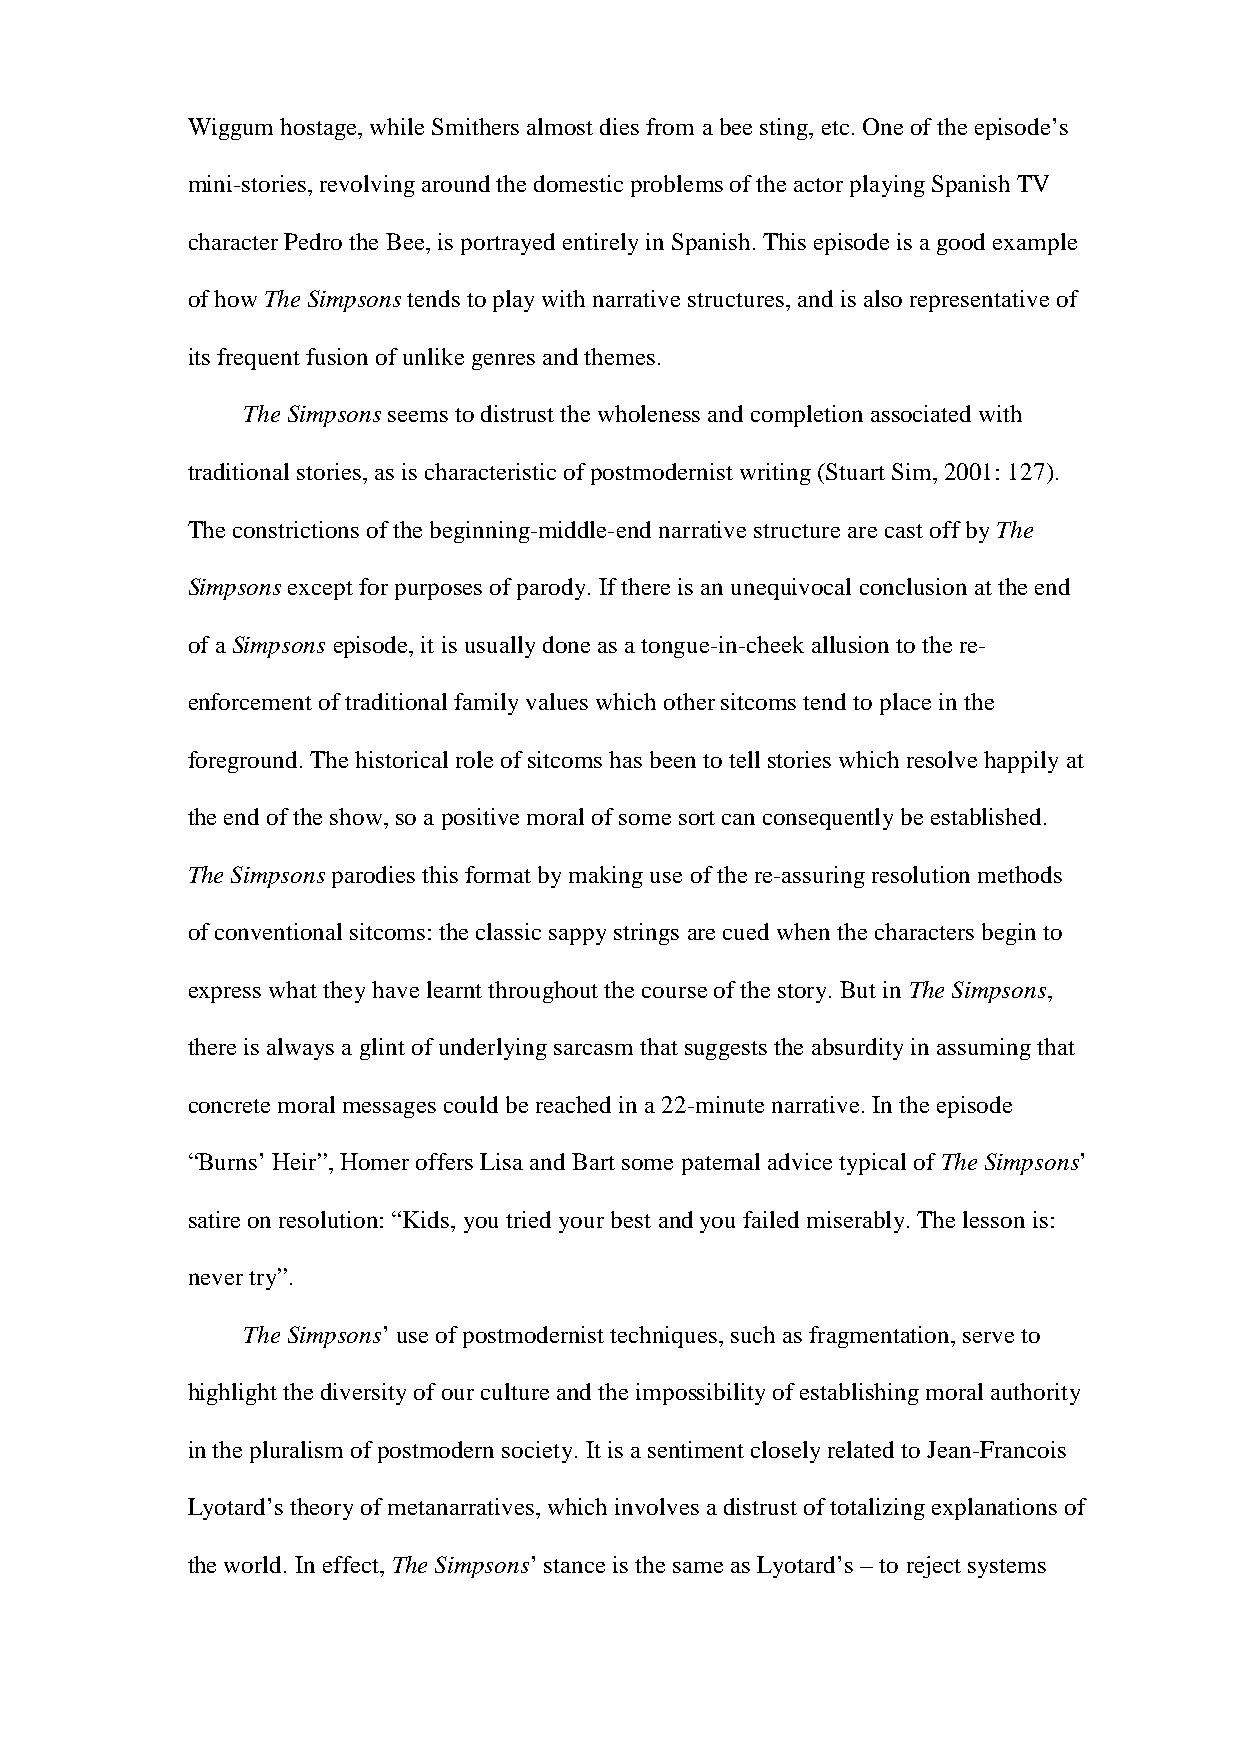
Wiggum hostage, while Smithers almost dies from a bee sting, etc. One of the episode’s
 mini-stories, revolving around the domestic problems of the actor playing Spanish TV
 character Pedro the Bee, is portrayed entirely in Spanish. This episode is a good example
 of how The Simpsons tends to play with narrative structures, and is also representative of
 its frequent fusion of unlike genres and themes.
 The Simpsons seems to distrust the wholeness and completion associated with
 traditional stories, as is characteristic of postmodernist writing (Stuart Sim, 2001: 127).
 The constrictions of the beginning-middle-end narrative structure are cast off by The
 Simpsons except for purposes of parody. If there is an unequivocal conclusion at the end
 of a Simpsons episode, it is usually done as a tongue-in-cheek allusion to the re-
 enforcement of traditional family values which other sitcoms tend to place in the
 foreground. The historical role of sitcoms has been to tell stories which resolve happily at
 the end of the show, so a positive moral of some sort can consequently be established.
 The Simpsons parodies this format by making use of the re-assuring resolution methods
 of conventional sitcoms: the classic sappy strings are cued when the characters begin to
 express what they have learnt throughout the course of the story. But in The Simpsons,
 there is always a glint of underlying sarcasm that suggests the absurdity in assuming that
 concrete moral messages could be reached in a 22-minute narrative. In the episode
 “Burns’ Heir”, Homer offers Lisa and Bart some paternal advice typical of The Simpsons’
 satire on resolution: “Kids, you tried your best and you failed miserably. The lesson is:
 never try”.
 The Simpsons’ use of postmodernist techniques, such as fragmentation, serve to
 highlight the diversity of our culture and the impossibility of establishing moral authority
 in the pluralism of postmodern society. It is a sentiment closely related to Jean-Francois
 Lyotard’s theory of metanarratives, which involves a distrust of totalizing explanations of
 the world. In effect, The Simpsons’ stance is the same as Lyotard’s – to reject systems